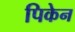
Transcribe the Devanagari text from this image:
पिकेन